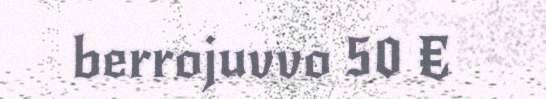
berrojuvvo 50 €